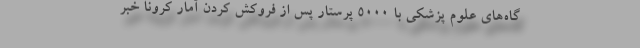
گاه‌های علوم پزشکی با ۵۰۰۰ پرستار پس از فروکش کردن آمار کرونا خبر